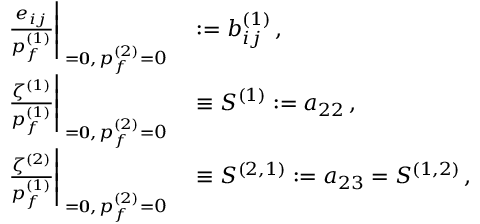
\begin{array} { r l } { \left. \frac { e _ { i j } } { p _ { f } ^ { ( 1 ) } } \right| _ { { \bf { \sigma } = \bf { 0 } } , \, p _ { f } ^ { ( 2 ) } = 0 } } & { { } : = b _ { i j } ^ { ( 1 ) } \, , } \\ { \left. \frac { \zeta ^ { ( 1 ) } } { p _ { f } ^ { ( 1 ) } } \right| _ { { \bf { \sigma } = \bf { 0 } } , \, p _ { f } ^ { ( 2 ) } = 0 } } & { { } \equiv S ^ { ( 1 ) } : = a _ { 2 2 } \, , } \\ { \left. \frac { \zeta ^ { ( 2 ) } } { p _ { f } ^ { ( 1 ) } } \right| _ { { \bf { \sigma } = \bf { 0 } } , \, p _ { f } ^ { ( 2 ) } = 0 } } & { { } \equiv S ^ { ( 2 , 1 ) } : = a _ { 2 3 } = S ^ { ( 1 , 2 ) } \, , } \end{array}